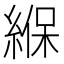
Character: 緥